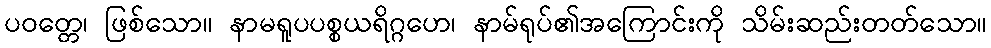
ပဝတ္တေ၊ ဖြစ်သော။ နာမရူပပစ္စယရိဂ္ဂဟေ၊ နာမ်ရုပ်၏အကြောင်းကို သိမ်းဆည်းတတ်သော။